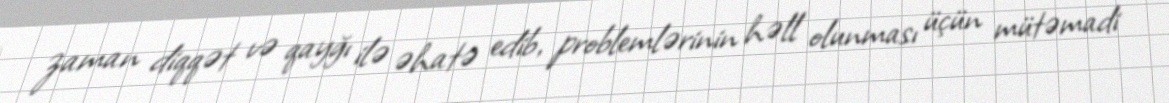
zaman diqqət və qayğı ilə əhatə edib, problemlərinin həll olunması üçün mütəmadi